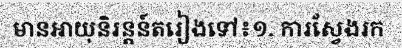
មានអាយុនិរន្តន៍តរៀងទៅ៖១. ការស្វែងរក